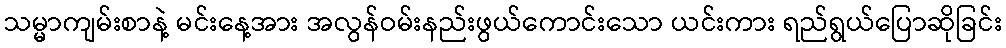
သမ္မာကျမ်းစာနဲ့ မင်းနေ့အား အလွန်ဝမ်းနည်းဖွယ်ကောင်းသော ယင်းကား ရည်ရွယ်ပြောဆိုခြင်း